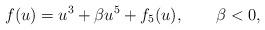
LaTeX: \begin{align*}f(u)=u^{3}+\beta u^5+f_{5}(u), \;\;\;\;\; \;\;\beta<0,\end{align*}